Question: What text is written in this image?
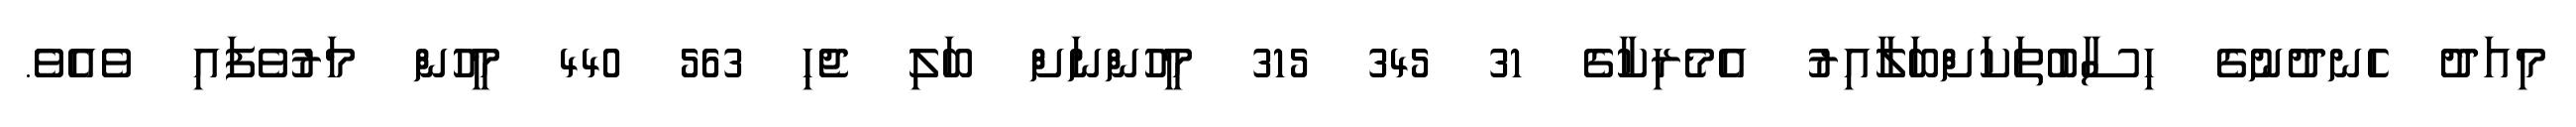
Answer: މިއަދު ހެނދުނުގެ ހިސާބުތަކަށްބަލާއިރު އެމެރިކާގެ 31 345 315 މީހުންނަށް ބަލި ޖެހި 563 440 މީހުން މަރުވެފައި ވެއެވެ.